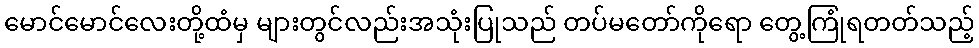
မောင်မောင်လေးတို့ထံမှ များတွင်လည်းအသုံးပြုသည် တပ်မတော်ကိုရော တွေ့ကြုံရတတ်သည့်